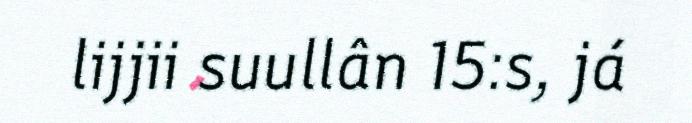
lijjii suullân 15:s, já